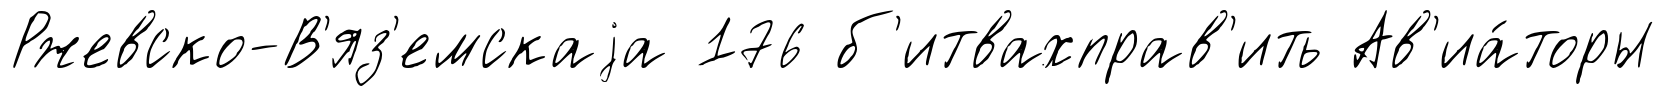
Ржевско-В'яз'емскаjа 176 б'итвахправ'ить Ав'иа́торы